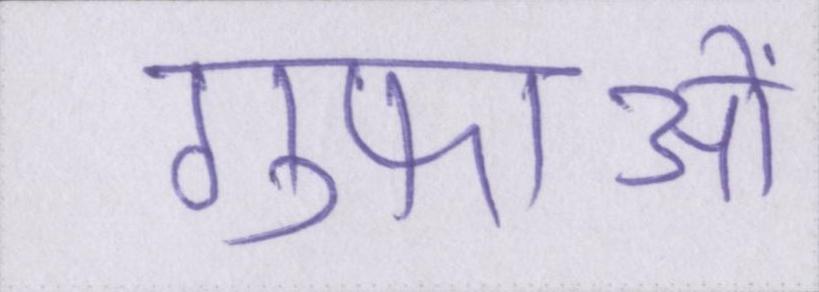
गुफाओं